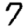
Digit: 7